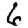
Digit: 6